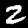
Digit: 2